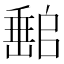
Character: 𡼻